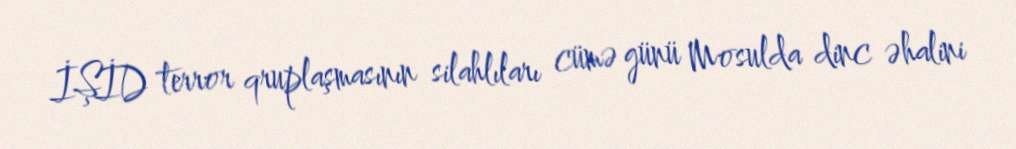
İŞİD terror qruplaşmasının silahlıları cümə günü Mosulda dinc əhalini